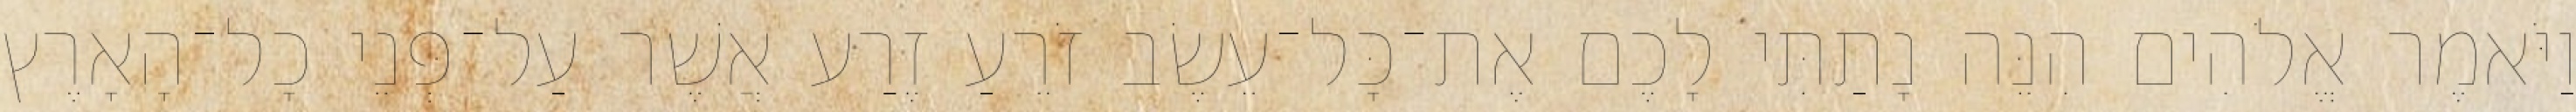
וַיֹּאמֶר אֱלֹהִים הִנֵּה נָתַתִּי לָכֶם אֶת־כָּל־עֵשֶׂב זֹרֵעַ זֶרַע אֲשֶׁר עַל־פְּנֵי כָל־הָאָרֶץ